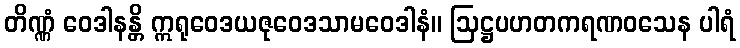
တိဏ္ဏံ ဝေဒါနန္တိ ဣရုဝေဒယဇုဝေဒသာမဝေဒါနံ။ ဩဋ္ဌပဟတကရဏဝသေန ပါရံ